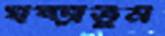
ঘষ্‌ড়াতুম